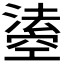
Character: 𤀢